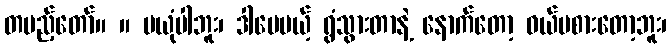
တပည့်တော်။ ။ မယုံပါဘူး၊ ဒါပေမယ့် ရွံသွားတာနဲ့ နောက်တော့ ဝယ်မစားတော့ဘူး၊